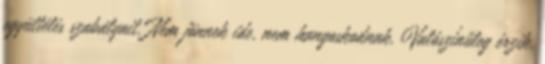
együttélés szabályait. Nem jönnek ide, nem hangoskodnak. Valószínűleg érzik,